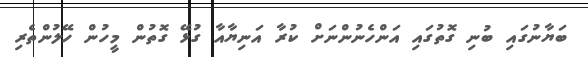
ބަޔާނުގައި ބުނި ގޮތުގައި އަންހެނުންނަށް ކުރާ އަނިޔާއާ ގުޅޭ ގޮތުން މީހުން ހޭލުންތެރި